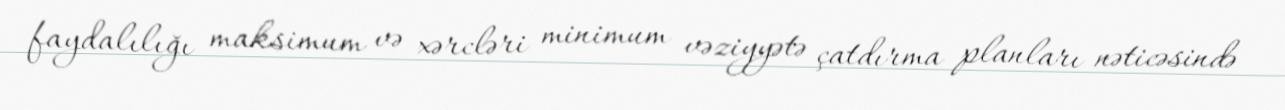
faydalılığı maksimum və xərcləri minimum vəziyyətə çatdırma planları nəticəsində